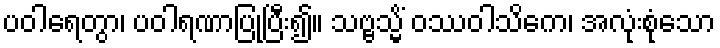
ပဝါရေတွာ၊ ပဝါရဏာပြုပြီး၍။ သဗ္ဗသ္မိံ ဝဿဝါသိကေ၊ အလုံးစုံသော